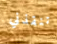
تنقذني